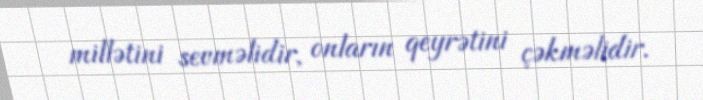
millətini sevməlidir, onların qeyrətini çəkməlidir.